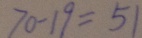
7 0 - 1 9 = 5 1